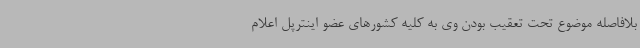
بلافاصله موضوع تحت تعقیب بودن وی به کلیه کشورهای عضو اینترپل اعلام